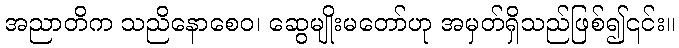
အညာတိက သညိနောစေဝ၊ ဆွေမျိုးမတော်ဟု အမှတ်ရှိသည်ဖြစ်၍၎င်း။